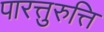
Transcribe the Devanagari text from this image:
पारत्तुरुत्ति